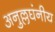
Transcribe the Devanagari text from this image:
अनुल्लघंनीय